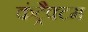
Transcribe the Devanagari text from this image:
कंट्रैक्टम